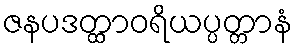
ဇနပဒတ္ထာဝရိယပ္ပတ္တာနံ